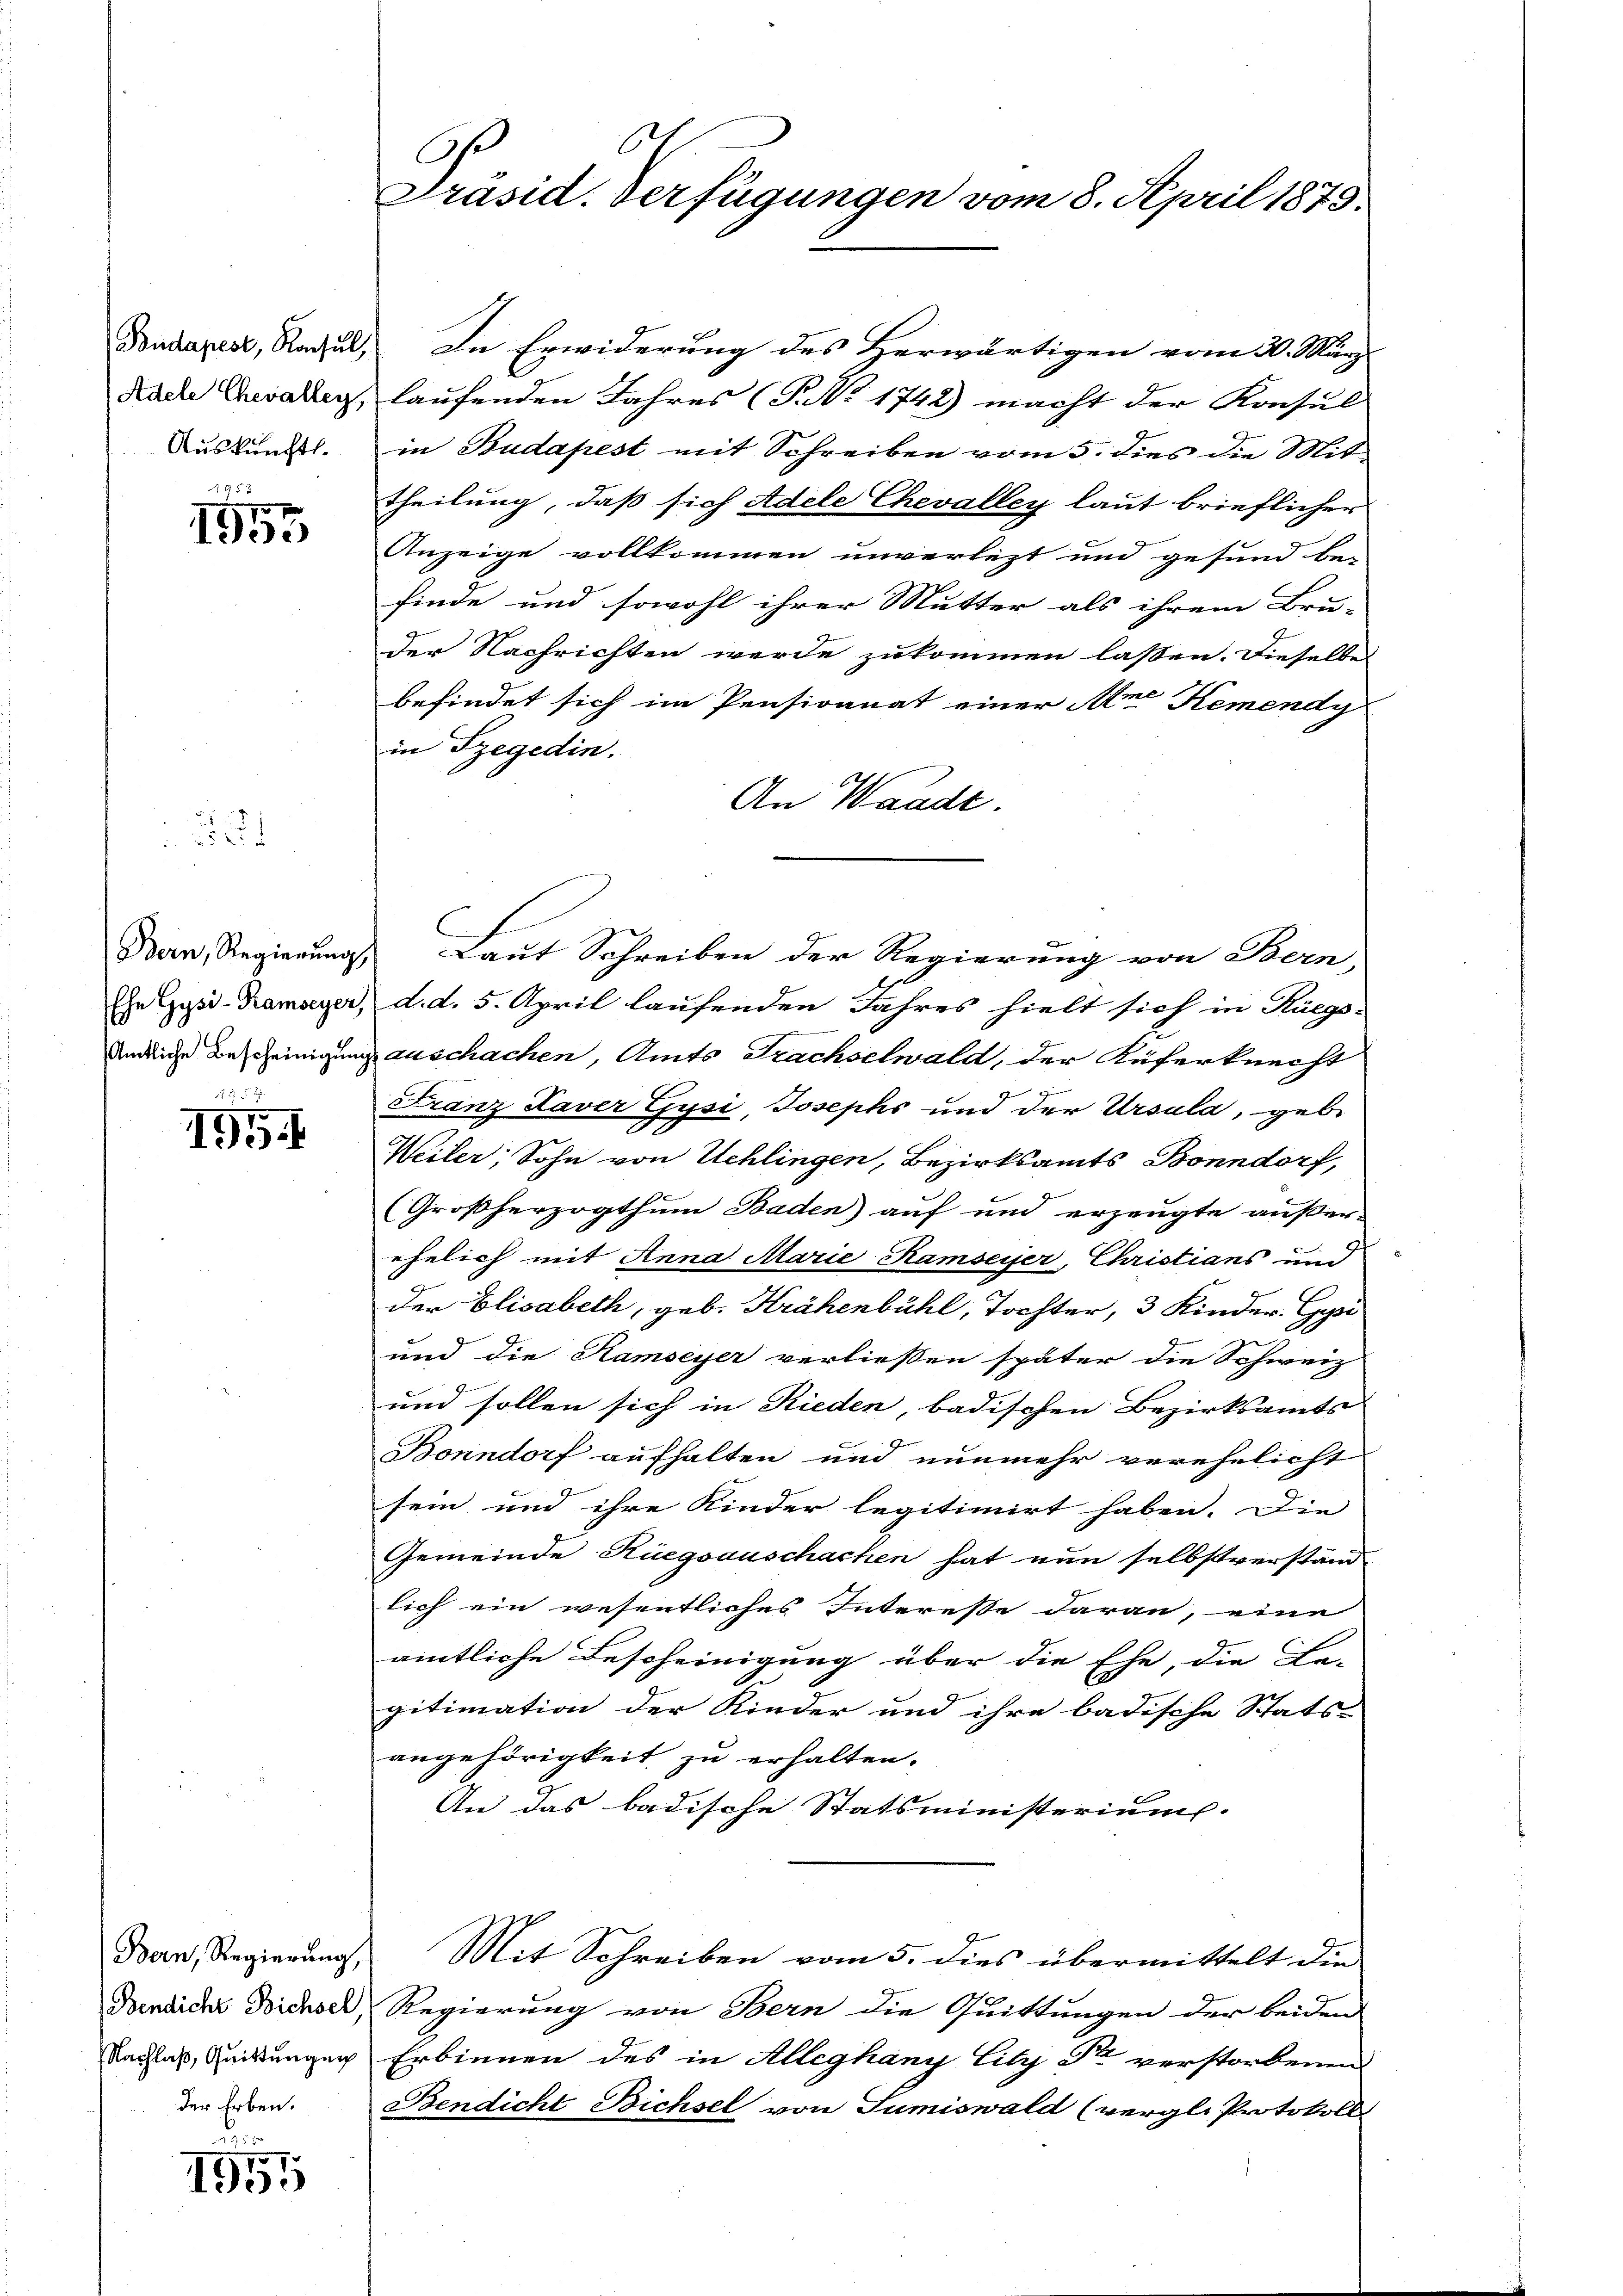
Pudapest, Konsul,
Adele Chevalleg,
Auskunft.

95 x
1953

2

Bern, Regierŭng
Ehn Gysi-Ramseyer,
Amtliche Bescheinigung

4
.
195.

Bern, Regierŭng,
Nachlaß, Quittungen
der Erben.

d
1951

6
O.
Präsid. Verfügungen vom 8. April 1879.

In Erwiderung des Herwärtigen vom 30. März
laufenden Jahres (P No 1742) macht der Konsul
in Budapest mit Schreiben vom 5. dies die Mit
theilung, daß sich Adele Chevalley laut brieflicher
Anzeige vollkommen unverletzt und gesund be-
finde und sowohl ihrer Mutter als ihrem Bru-
der Nachrichten werde zukommen laßen. Dieselbe
befindet sich im Pensionnat einer Ane Remendy
in Szegedin.
An Waadt.
Laut Schreiben der Regierung von Bern,
d. d. 5. April laufenden Jahres hielt sich in Rüegs-
auschachen, Amts Trachselwald, der Ruferknecht
.
Franz Xaver Gysi, Josephi und der Ursula, geb.
Weiler, Sohn von Schlingen, Bezirksamts Bonndorf,
(Großherzogthum Baden) auf und erzeugte außer-
ehelich mit Anna Marie Ramseiser, Christians und
der Elisabeth, geb. Krähenbühl, Tochter, 3 Kinder. Gyr
und die Hambeyer verließen später die Schweiz
und sollen sich in Rieden, badischen Bezirksamts
Bonndorf aufhalten und nunmehr verehelicht
sein und ihre Kinder legitimirt haben. Die
Gemeinde Rüegsauschachen hat nun selbstverständ
lich ein wesentliches Interesse daran, eine
amtliche Bescheinigung über die Ehe, die Le-
gitimation der Kinder und ihre badische Stats-
angehörigkeit zu erhalten.
An das badische Statsministerium.
Mit Schreiben vom 5. dies übermittelt die
Bensich Dichsel, Regierung von Bern die Quittungen der beiden
Erbinnen des in Alleghany Lity Sr. verstorbenen
Bendicht Bichsel von Sumiswald (vergli Protokoll